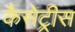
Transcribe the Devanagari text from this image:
कैसेट्रीस